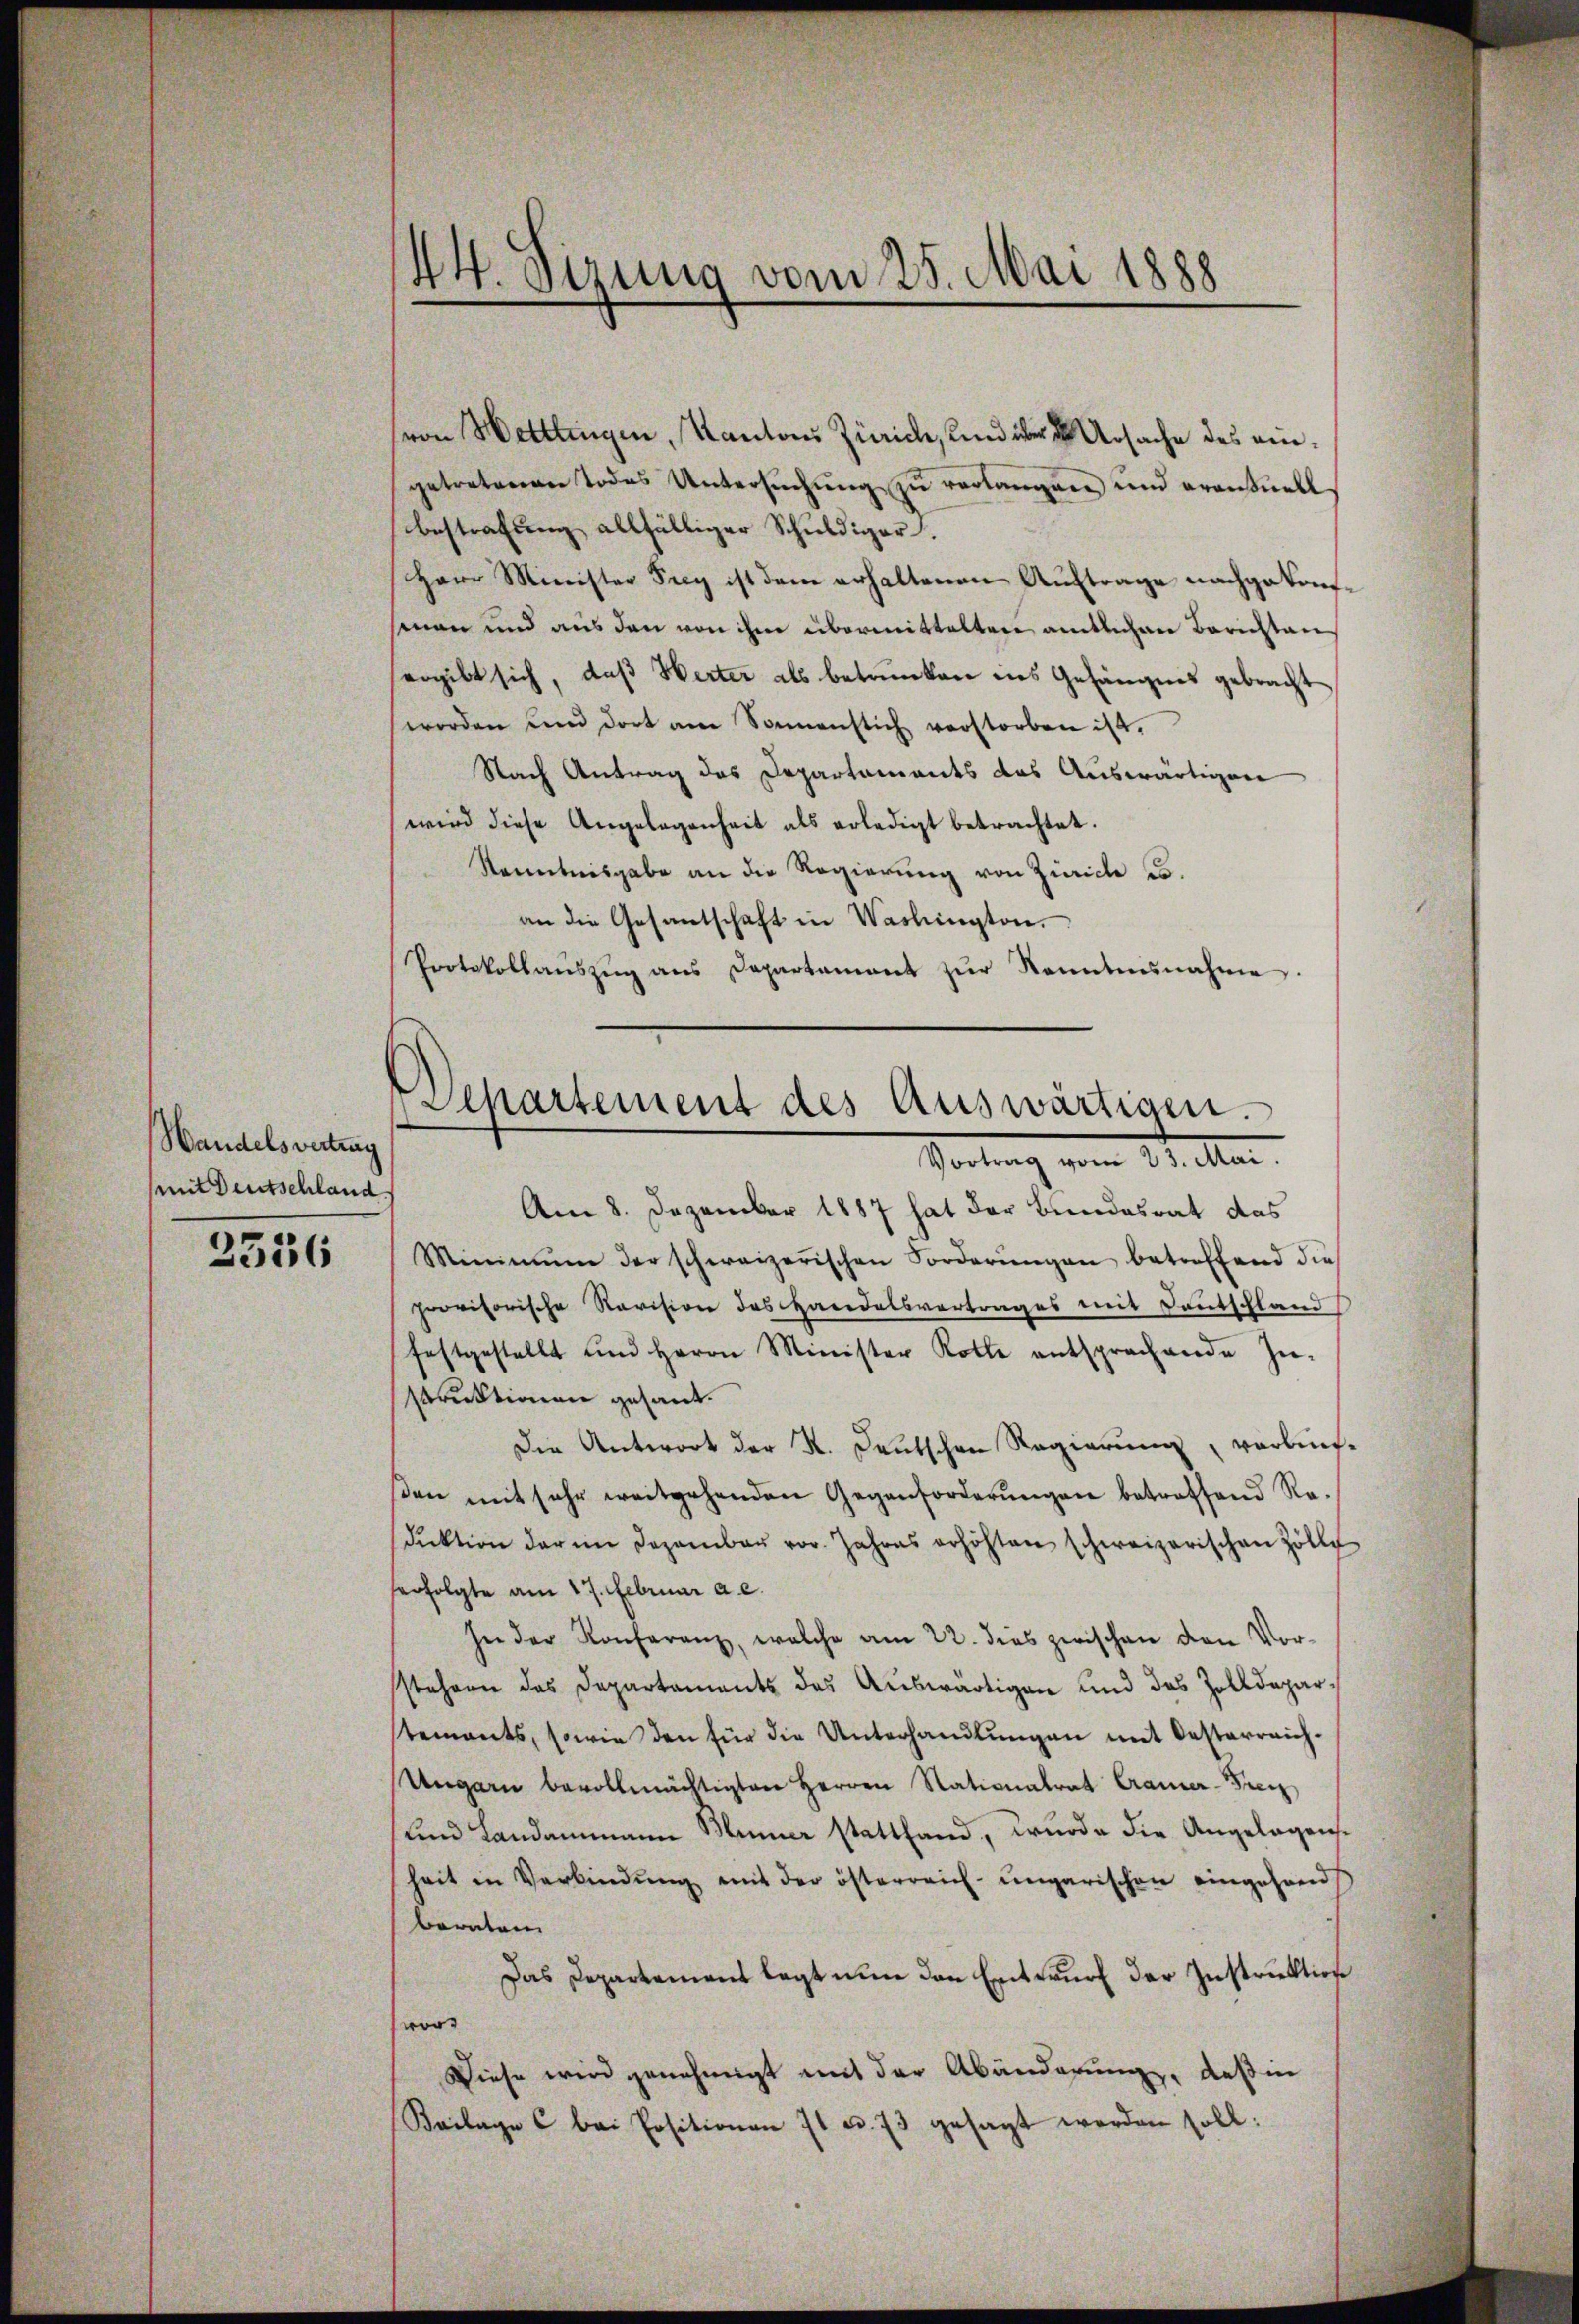
Wandelsvertrag
mit Deutschland

2556

44 Sizung vom 25. Mai 1888

von Hettlingen, Kantons Zürich, und über  Ursache des eingetretenen Todes Untersŭchŭng zu verlangen und erantuell¬
Bestrafung allfälliger Schuldiger.
Herr Minister Frey ist dem erhaltenen Auftrage nachgekonman und aus den von ihm übermittelten amtlichen Berichtans
ergibt sich, daß Herter als betrunken des Gefängnis gebracht
worden und dort am Sonnenstich verstorben ist.
Nach Antrag des Departaments des Auswärtigen
wird diese Angelegenheit als erledigt betrachtet.
Kenntnisgabe an die Regierung von Zürich u.
an die Gesantschaft in Washington.
Protokollaŭszŭg ans Departement zŭr Kenntnŭnahme.

Separtement des Auswärtigen.
Vortrag vom 23. Mai.

Am 8. Dezember 1887 hat der Bundesrat das
Minimum der schweizerischen Forderŭngen betreffend die
provisorische Revision des Handelsvertrages mit Deutschland
festgestellt und Herrn Minister Rolle entsprachende In-
struktionen gesant.
Die Antwort der K. Deutschen Regierung vorlief-
βen mit sehr weitgehenden Gegenforderŭngen betreffend Re-
dŭktion der im Dezember vor. Jahres erhöhten schweizerischen Zölle
ferfolgte am 17. Februar a. c.
In der Konferenz, welche am 22. dies zwischen den Vorstehern des Departaments des Auswärtigen und des Zolldepartements, sowie den für die Unterhandlŭngen mit Oesterreich-
Ungarn bevollmächtigten Herren Nationalrat Cramer-Grenz
und Landammann Miner stattfand, wurde die Angelegensheit in Verbindŭng mit der österreich-ungarischen eingehand
beraten
Das Departement legt nun den Entwurf der Instruktion
wor¬
Diese wird genehmigt mit der Abänderung, daß in
Beilage c bei Positionen 11 u. 73 gesagt werden soll: